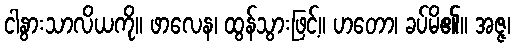
ငါနွားသာလိယကို။ ဖာလေန၊ ထွန်သွားဖြင့်။ ဟတော၊ ခပ်မိ၏။ အဇ္ဇ၊